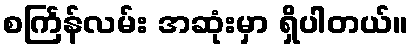
စင်္ကြန်လမ်း အဆုံးမှာ ရှိပါတယ်။